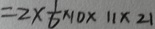
= 2 \times \frac { 1 } { 6 } \times 1 0 \times 1 1 \times 2 1